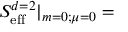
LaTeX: S _ { \mathrm { e f f } } ^ { d = 2 } | _ { m = 0 ; \mu = 0 } =